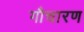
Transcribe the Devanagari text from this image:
गौचारण